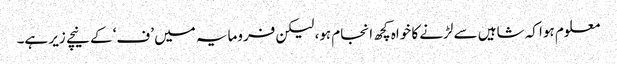
معلوم ہوا کہ شاہیں سے لڑنے کا خواہ کچھ انجام ہو، لیکن فرومایہ میں ’ف‘ کے نیچے زیر ہے۔